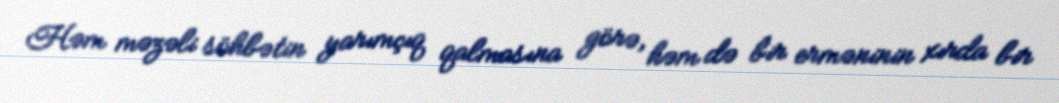
Həm məzəli söhbətin yarımçıq qalmasına görə, həm də bir erməninin xırda bir